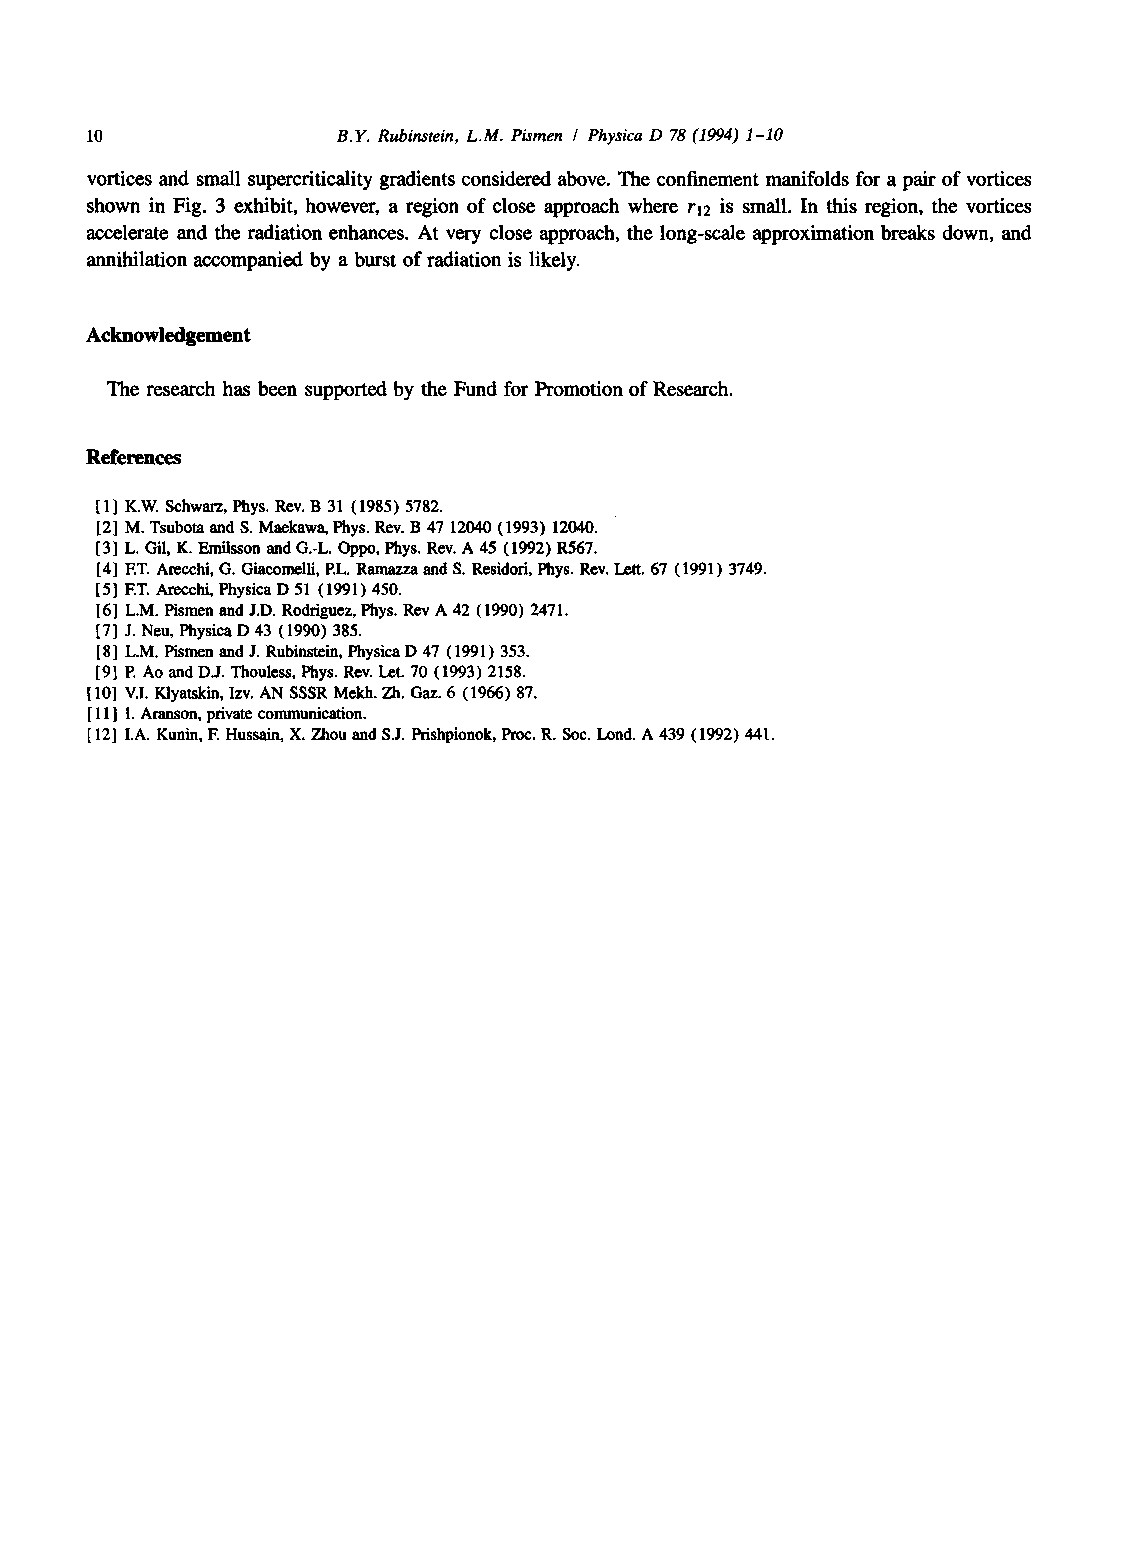
10              B.Y. Rubinstein, L.M. Pismen / Physica D 78 (1994) 1-10
 vortices and small supercriticality gradients considered above. The confinement manifolds for a pair of vortices
 shown in Fig. 3 exhibit, however, a region of close approach where rl2 is small. In this region, the vortices
 accelerate and the radiation enhances. At very close approach, the long-scale approximation breaks down, and
 annihilation accompanied by a burst of radiation is likely.
 Acknowledgement
 The research has been supported by the Fund for Promotion of Research.
 References
 1 K.W. Schwarz, Phys. Rev. B 31 (1985) 5782.
 2 M. Tsubota and S. Maekawa, Phys. Rev. B 47 12040 (1993) 12040.
 3 L. Gil, K. Emilsson and G.-L. Oppo, Phys. Rev. A 45 (1992) R567.
 4 ET. Arecchi, G. Giacomelli, P.L. Ramazza and S. Residori, Phys. Rev. Lett. 67 (1991) 3749.
 5 ET. Arecchi, Physica D 51 (1991) 450.
 6 L.M. Pismen and J.D. Rodriguez, Phys. Rev A 42 (1990) 2471.
 7 J. Neu, Physica D 43 (1990) 385.
 8 L.M. Pismen and J. Rubinstein, Physica D 47 (1991) 353.
 9 E Ao and D.J. Thouless, Phys. Rev. Let. 70 (1993) 2158.
 10 V.I. Klyatskin, Izv. AN SSSR Mekh. Zh. Gaz. 6 (1966) 87.
 11 I. Aranson, private communication.
 12 I.A. Kunin, E Hussain, X. Zhou and S.J. Prishpionok, Proc. R. Soc. Lond. A 439 (1992) 441.